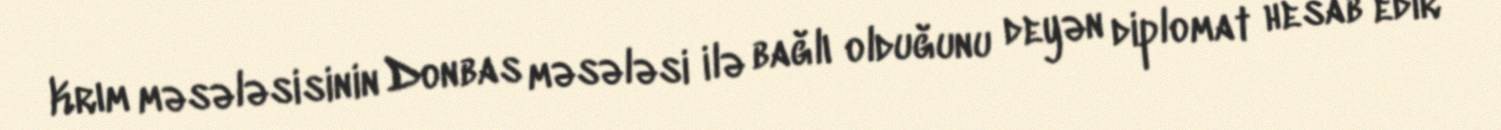
Krım məsələsisinin Donbas məsələsi ilə bağlı olduğunu deyən diplomat hesab edir